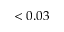
< 0 . 0 3